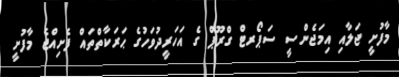
މާފުށީ ޖަލާއި އިމަޖެންސީ ސަޕޯރޓް ގްރޫޕް ގެ އަހަރީދުވަހުގެ ޙަރަކާތްތައް ފެށިއްޖެ މާފުށީ